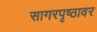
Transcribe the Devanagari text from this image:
सागरपृष्ठावर